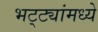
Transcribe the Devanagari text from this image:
भट्ट्यांमध्ये